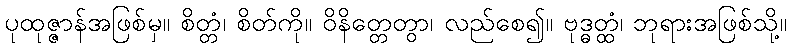
ပုထုဇ္ဇာန်အဖြစ်မှ။ စိတ္တံ၊ စိတ်ကို။ ဝိနိတ္တေတွာ၊ လည်စေ၍။ ဗုဒ္ဓတ္ထံ၊ ဘုရားအဖြစ်သို့။